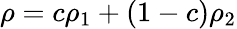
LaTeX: \rho=c\rho_{1}+(1-c)\rho_{2}